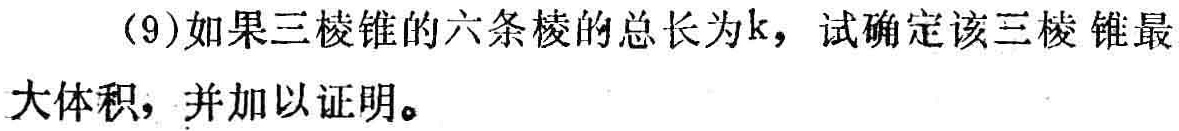
(9)如果三棱锥的六条棱的总长为\(k\)，试确定该三棱锥最大体积，并加以证明。